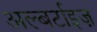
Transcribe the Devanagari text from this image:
अल्बर्टाइज़